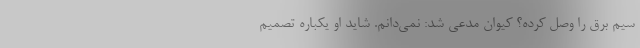
سیم برق را وصل کرده؟ کیوان مدعی شد: نمی‌دانم. شاید او یکباره تصمیم